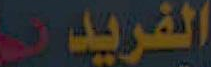
الفريدي